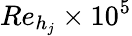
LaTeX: Re_{h_{j}}\times 10^{5}